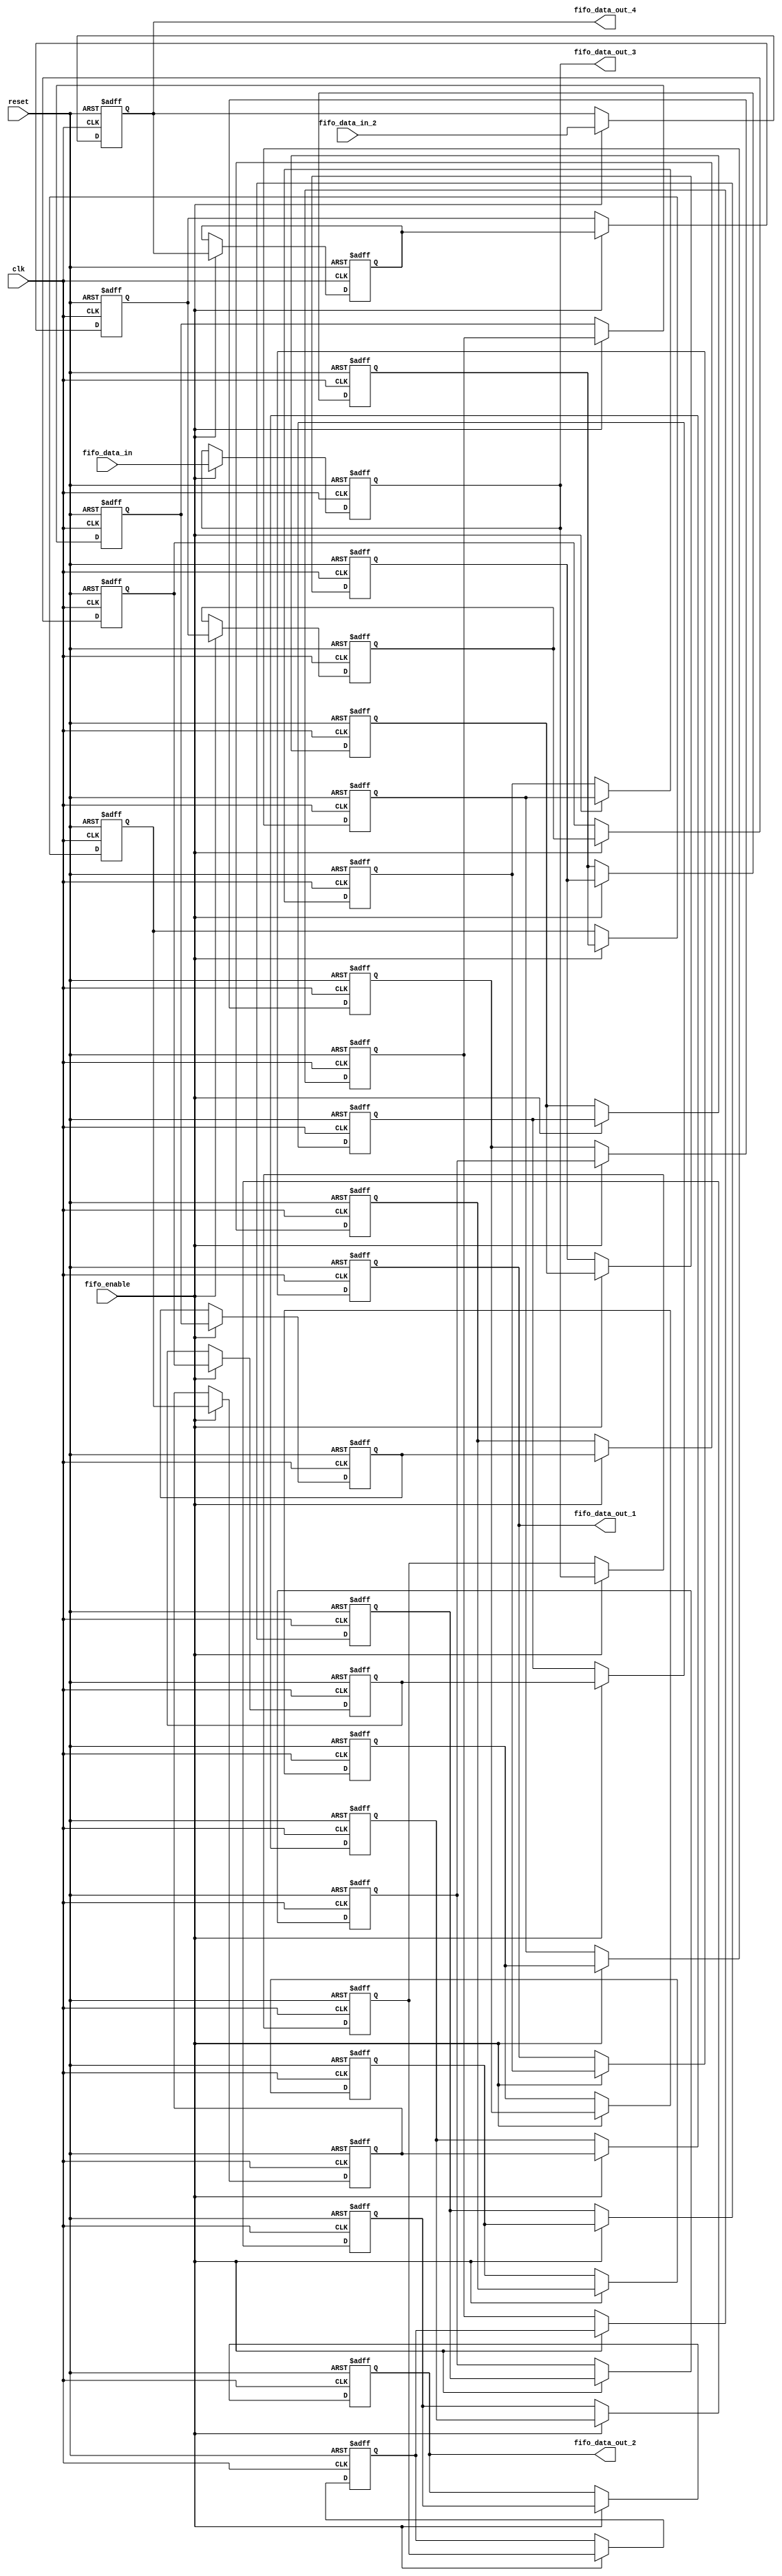
`timescale 1ns / 1ps


module 
 FIFO_4_2_30 #(parameter
///////////advanced parameters//////////
	DATA_WIDTH 					= 32,
///////////architecture parameters//////
	IFM_SIZE 					= 28,
	KERNAL_SIZE 				= 2,
///////////generated parameters/////////
	FIFO_SIZE               	= (KERNAL_SIZE-1)*IFM_SIZE + KERNAL_SIZE            

	)(
	input clk,
	input reset,
	input fifo_enable,
	input [DATA_WIDTH-1:0] fifo_data_in,
	input [DATA_WIDTH-1:0] fifo_data_in_2,
	output [DATA_WIDTH-1:0] fifo_data_out_1,
	output [DATA_WIDTH-1:0] fifo_data_out_2,
	output [DATA_WIDTH-1:0] fifo_data_out_3,
	output [DATA_WIDTH-1:0] fifo_data_out_4
	);
	reg	[DATA_WIDTH-1:0] FIFO  [FIFO_SIZE-1:0] ;
	always @ (posedge clk or posedge reset)
    begin
        if(reset)
		begin
			FIFO[0] <= {DATA_WIDTH{1'b0}};
			FIFO[1] <= {DATA_WIDTH{1'b0}};
			FIFO[2] <= {DATA_WIDTH{1'b0}};
			FIFO[3] <= {DATA_WIDTH{1'b0}};
			FIFO[4] <= {DATA_WIDTH{1'b0}};
			FIFO[5] <= {DATA_WIDTH{1'b0}};
			FIFO[6] <= {DATA_WIDTH{1'b0}};
			FIFO[7] <= {DATA_WIDTH{1'b0}};
			FIFO[8] <= {DATA_WIDTH{1'b0}};
			FIFO[9] <= {DATA_WIDTH{1'b0}};
			FIFO[10] <= {DATA_WIDTH{1'b0}};
			FIFO[11] <= {DATA_WIDTH{1'b0}};
			FIFO[12] <= {DATA_WIDTH{1'b0}};
			FIFO[13] <= {DATA_WIDTH{1'b0}};
			FIFO[14] <= {DATA_WIDTH{1'b0}};
			FIFO[15] <= {DATA_WIDTH{1'b0}};
			FIFO[16] <= {DATA_WIDTH{1'b0}};
			FIFO[17] <= {DATA_WIDTH{1'b0}};
			FIFO[18] <= {DATA_WIDTH{1'b0}};
			FIFO[19] <= {DATA_WIDTH{1'b0}};
			FIFO[20] <= {DATA_WIDTH{1'b0}};
			FIFO[21] <= {DATA_WIDTH{1'b0}};
			FIFO[22] <= {DATA_WIDTH{1'b0}};
			FIFO[23] <= {DATA_WIDTH{1'b0}};
			FIFO[24] <= {DATA_WIDTH{1'b0}};
			FIFO[25] <= {DATA_WIDTH{1'b0}};
			FIFO[26] <= {DATA_WIDTH{1'b0}};
			FIFO[27] <= {DATA_WIDTH{1'b0}};
			FIFO[28] <= {DATA_WIDTH{1'b0}};
			FIFO[29] <= {DATA_WIDTH{1'b0}};
		end
		else if(fifo_enable)
		begin
			FIFO[0] <= fifo_data_in_2;
			FIFO[1] <= fifo_data_in;
			FIFO[2] <= FIFO[0];
			FIFO[3] <= FIFO[1];
			FIFO[4] <= FIFO[2];
			FIFO[5] <= FIFO[3];
			FIFO[6] <= FIFO[4];
			FIFO[7] <= FIFO[5];
			FIFO[8] <= FIFO[6];
			FIFO[9] <= FIFO[7];
			FIFO[10] <= FIFO[8];
			FIFO[11] <= FIFO[9];
			FIFO[12] <= FIFO[10];
			FIFO[13] <= FIFO[11];
			FIFO[14] <= FIFO[12];
			FIFO[15] <= FIFO[13];
			FIFO[16] <= FIFO[14];
			FIFO[17] <= FIFO[15];
			FIFO[18] <= FIFO[16];
			FIFO[19] <= FIFO[17];
			FIFO[20] <= FIFO[18];
			FIFO[21] <= FIFO[19];
			FIFO[22] <= FIFO[20];
			FIFO[23] <= FIFO[21];
			FIFO[24] <= FIFO[22];
			FIFO[25] <= FIFO[23];
			FIFO[26] <= FIFO[24];
			FIFO[27] <= FIFO[25];
			FIFO[28] <= FIFO[26];
			FIFO[29] <= FIFO[27];
		end
	end

	assign    fifo_data_out_1 = FIFO[(KERNAL_SIZE-1)*IFM_SIZE+(KERNAL_SIZE-1)];
	assign    fifo_data_out_2 = FIFO[(KERNAL_SIZE-1)*IFM_SIZE+(KERNAL_SIZE-2)];
	
	assign    fifo_data_out_3 = FIFO[(KERNAL_SIZE-2)*IFM_SIZE+(KERNAL_SIZE-1)];
	assign    fifo_data_out_4 = FIFO[(KERNAL_SIZE-2)*IFM_SIZE+(KERNAL_SIZE-2)];
	
endmodule